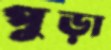
পুড়া